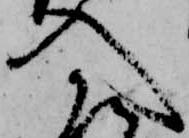
入